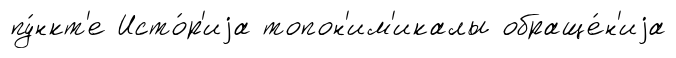
пу́нкт'е Исто́р'иjа топон'им'икалы обраще́н'иjа